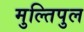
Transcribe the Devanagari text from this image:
मुल्तिपुल